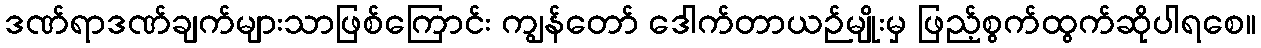
ဒဏ်ရာဒဏ်ချက်များသာဖြစ်ကြောင်း ကျွန်တော် ဒေါက်တာယဉ်မျိုးမှ ဖြည့်စွက်ထွက်ဆိုပါရစေ။